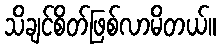
သိချင်စိတ်ဖြစ်လာမိတယ်။